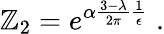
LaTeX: \mathbb{Z}_{2}=e^{\alpha\frac{{3-\lambda}}{{2\pi}}\frac{{1}}{{\epsilon}}}\; .